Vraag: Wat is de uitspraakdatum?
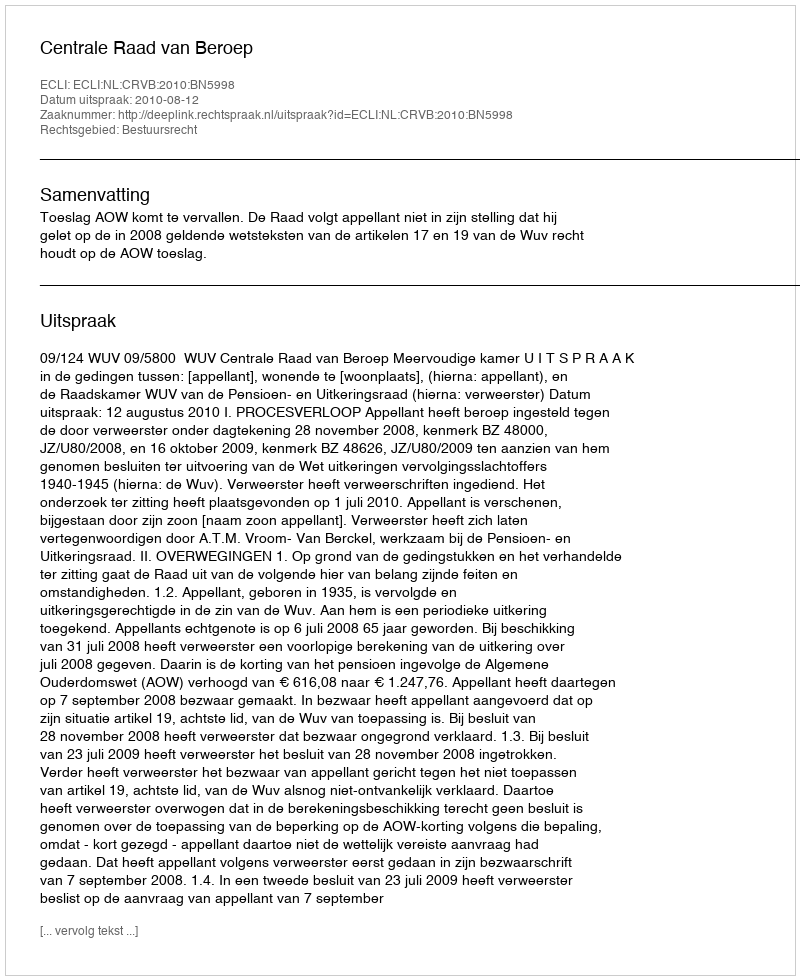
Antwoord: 2010-08-12